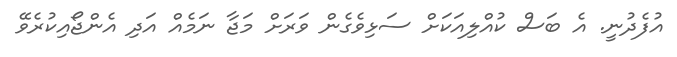
އުފެދުނީ. އެ ބަސް ކުއްލިއަކަށް ސަޅިވެގެން ވަރަށް މަޖާ ނަމެއް އަދި އެންޖޯއިކުރެވޭ